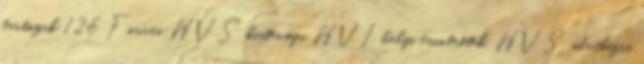
tartozik 126 Forrás:HVS kistérségi HVI, helyi érintettek, HVS adatbázis